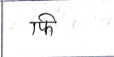
मजकूर: फि